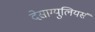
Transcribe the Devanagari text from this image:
देसाग्युलियर्स